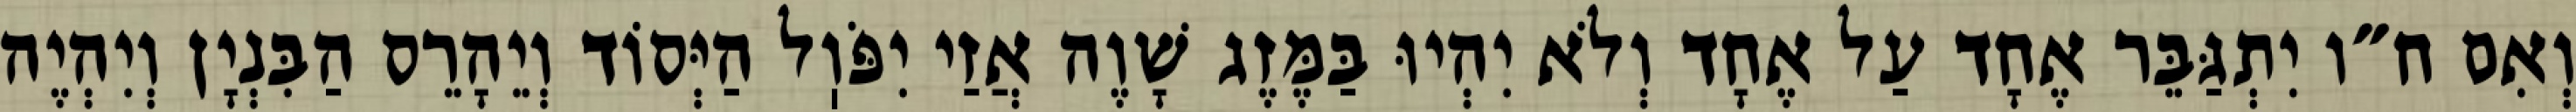
וְאִם ח״ו יִתְגַּבֵּר אֶחָד עַל אֶחָד וְלֹא יִהְיוּ בַּמֶּזֶג שָׁוֶה אֲזַי יִפֹּוֽל הַיְּסוֹד וְיֵהָרֵס הַבִּנְיָן וְיִהְיֶה